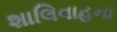
શાલિવાહના